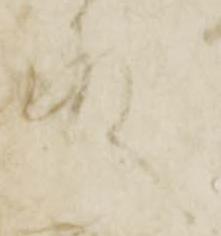
殿